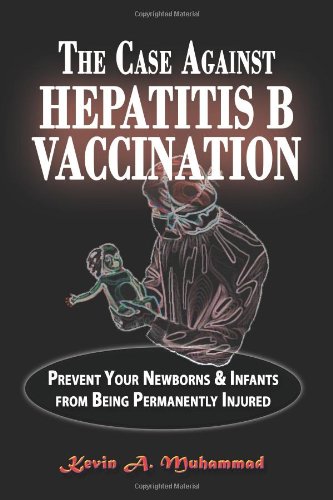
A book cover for The Case Against Hepatitis B Vaccination: Prevent Your Newborns & Infants From Being Permanently Injured; Kevin A. Muhammad; Health, Fitness & Dieting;